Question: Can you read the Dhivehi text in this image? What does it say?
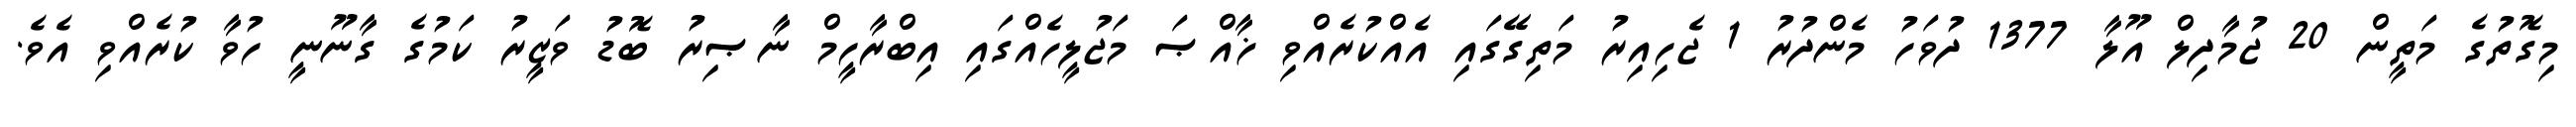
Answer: މިގޮތުގެ މަތީން 20 ޖުމާދިލް އޫލާ 1377 ދުވަހު މެންދުރު 1 ޖެހިއިރު މަތިގޭގައި އެއްކުރެއްވި ޚާއްޞަ މަޖުލީހެއްގައި އިބްރާހީމް ނާޞިރު ބޮޑު ވަޒީރު ކަމުގެ ގާނޫނީ ހުވާ ކުރެއްވި އެވެ.